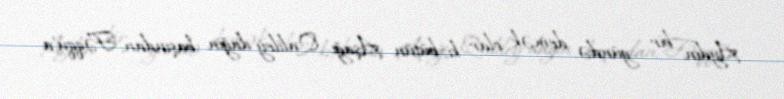
Aydın bir gündə, demək olar ki, bütün Aşağı Qaliley dağın başından, Fəqqu'a